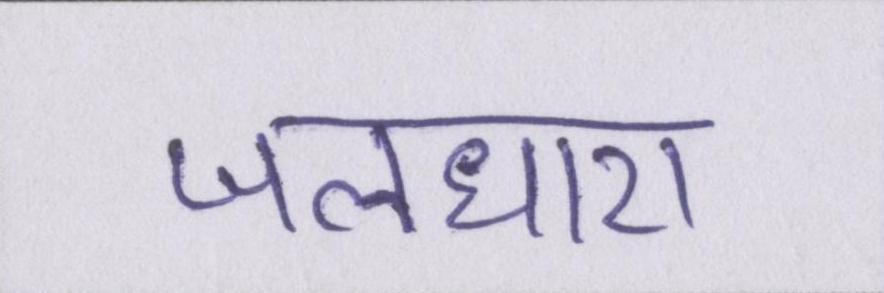
जलधारा